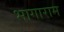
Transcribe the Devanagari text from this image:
भागाराम